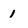
Character: 1